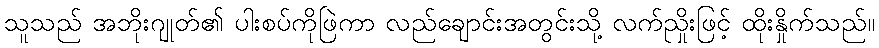
သူသည် အဘိုးဂျုတ်၏ ပါးစပ်ကိုဖြဲကာ လည်ချောင်းအတွင်းသို့ လက်ညှိုးဖြင့် ထိုးနှိုက်သည်။